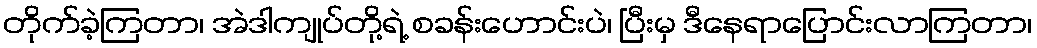
တိုက်ခဲ့ကြတာ၊ အဲဒါကျုပ်တို့ရဲ့ စခန်းဟောင်းပဲ၊ ပြီးမှ ဒီနေရာပြောင်းလာကြတာ၊